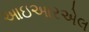
આઇઆરએલ